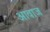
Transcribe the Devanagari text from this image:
अावाज